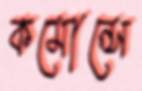
কমোন্সে